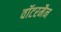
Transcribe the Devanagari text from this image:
वॉटरमैन